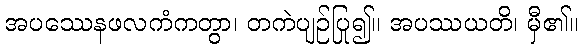
အပဿေနဖလကံကတွာ၊ တကဲပျဉ်ပြု၍။ အပဿယတိ၊ မှီ၏။